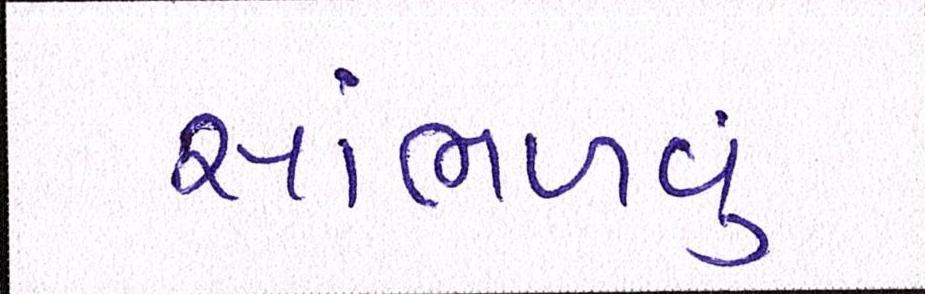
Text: સાંભળવું